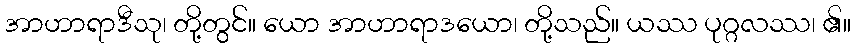
အာဟာရာဒီသု၊ တို့တွင်။ ယော အာဟာရာဒယော၊ တို့သည်။ ယဿ ပုဂ္ဂလဿ၊ ၏။